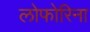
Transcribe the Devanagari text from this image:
लोफोरिना